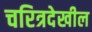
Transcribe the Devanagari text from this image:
चरित्रदेखील